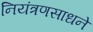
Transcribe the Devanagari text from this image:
नियंत्रणसाधने